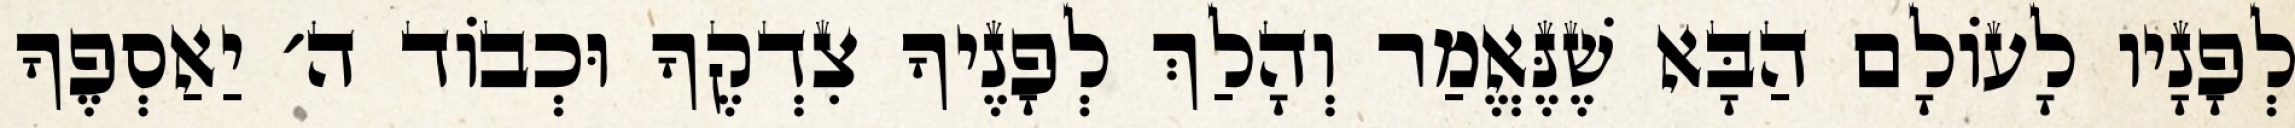
לְפָנָיו לָעוֹלָם הַבָּא שֶׁנֶּאֱמַר וְהָלַךְ לְפָנֶיךָ צִדְקֶךָ וּכְבוֹד ה׳ יַאַסְפֶךָ